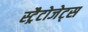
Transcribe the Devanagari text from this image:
स्ट्रैटोजेट्स